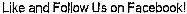
LIKE AND FOLLOW US ON FACEBOOK!